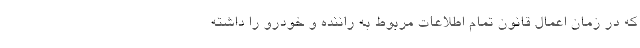
که در زمان اعمال قانون تمام اطلاعات مربوط به راننده و خودرو را داشته